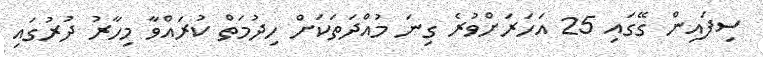
ސިފައިން ގޭގައި 25 އަހަރަށްވުރެ ގިނަ މުއްދަތަކަށް ހިދުމަތް ކުރައްވާ މިހާރު ދުރުގައި